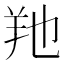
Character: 𦍔